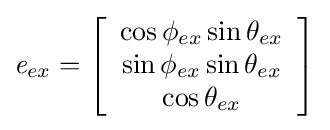
{\textit {e}}_{ex}=\left[{\begin{array}{c}\cos \phi _{ex}\sin \theta _{ex}\\\sin \phi _{ex}\sin \theta _{ex}\\\cos \theta _{ex}\end{array}}\right]